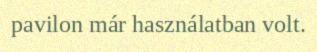
pavilon már használatban volt.